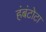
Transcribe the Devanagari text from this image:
हंबंटोटा